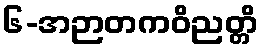
၆-အဉာတကဝိညတ္တိ